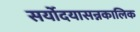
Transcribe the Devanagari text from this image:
सर्योदयासन्नकालिक